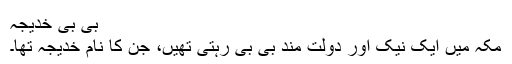
بی بی خدیجہ
مکہ میں ایک نیک اور دولت مند بی بی رہتی تھیں، جن کا نام خدیجہ تھا۔